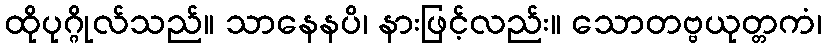
ထိုပုဂ္ဂိုလ်သည်။ သာနေနပိ၊ နားဖြင့်လည်း။ သောတဗ္ဗယုတ္တကံ၊